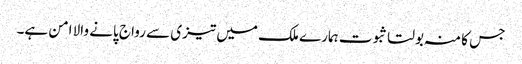
جس کا منہ بولتا ثبوت ہمارے ملک میں تیزی سے رواج پانے والا امن ہے۔